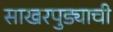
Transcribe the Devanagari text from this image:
साखरपुड्याची